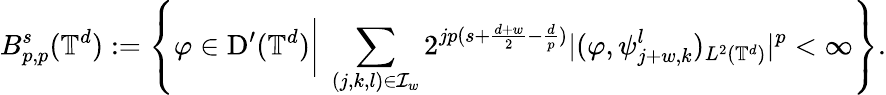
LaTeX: B_{p,p}^{s}(\mathbb{T}^{d}):=\left\{ \varphi\in\mathrm D^{\prime}(\mathbb{T}^{d})\bigg|\; \sum_{(j,k,l)\in\mathcal{I}_{w}}2^{jp(s+\frac{d+w}{2}-\frac{d}{p})}|(\varphi,\psi_{j+w,k}^{l})_{L^{2}(\mathbb{T}^{d})}|^{p}<\infty\right\} .